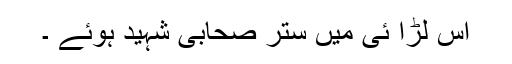
اس لڑا ئی میں ستر صحابی شہید ہوئے ۔